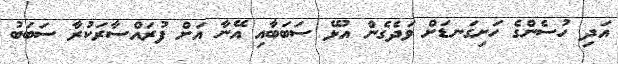
އަދި ހުސެންގެ ހަށިގަނޑަށް ވަދެގެން އުޅޭ ސަބަބާއި އޭނާ އަށް ފުރައްސާރަކުރާ ސަބަބު